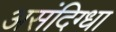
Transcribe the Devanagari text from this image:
असंदिग्धा